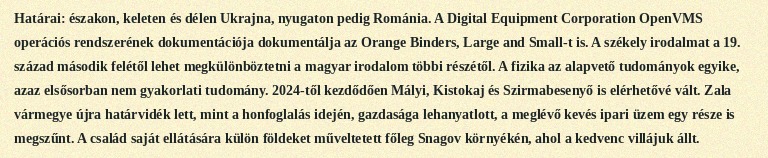
Határai: északon, keleten és délen Ukrajna, nyugaton pedig Románia. A Digital Equipment Corporation OpenVMS operációs rendszerének dokumentációja dokumentálja az Orange Binders, Large and Small-t is. A székely irodalmat a 19. század második felétől lehet megkülönböztetni a magyar irodalom többi részétől. A fizika az alapvető tudományok egyike, azaz elsősorban nem gyakorlati tudomány. 2024-től kezdődően Mályi, Kistokaj és Szirmabesenyő is elérhetővé vált. Zala vármegye újra határvidék lett, mint a honfoglalás idején, gazdasága lehanyatlott, a meglévő kevés ipari üzem egy része is megszűnt. A család saját ellátására külön földeket műveltetett főleg Snagov környékén, ahol a kedvenc villájuk állt.